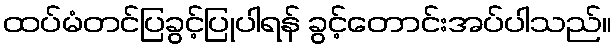
ထပ်မံတင်ပြခွင့်ပြုပါရန် ခွင့်တောင်းအပ်ပါသည်။